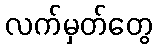
လက်မှတ်တွေ